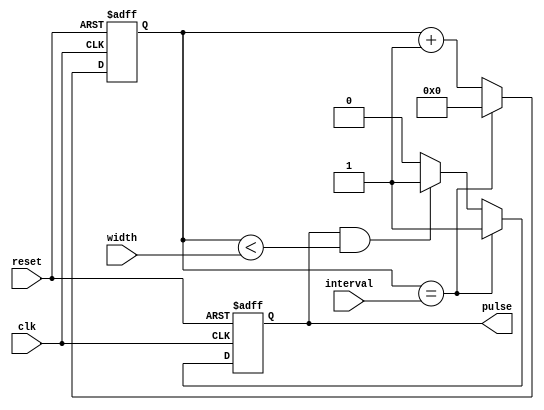
module synchronous_pulse_generator (
    input wire clk,
    input wire reset,
    input wire [7:0] interval,
    input wire [7:0] width,
    output reg pulse
);

reg [7:0] counter;
reg pulse_enable;

always @(posedge clk or posedge reset) begin
    if (reset) begin
        counter <= 8'b0;
        pulse_enable <= 1'b0;
    end else begin
        if (counter == interval) begin
            pulse_enable <= 1'b1;
            counter <= 8'b0;
        end else if (pulse_enable && (counter < width)) begin
            pulse_enable <= 1'b1;
            counter <= counter + 1;
        end else begin
            pulse_enable <= 1'b0;
            counter <= counter + 1;
        end
    end
end

assign pulse = pulse_enable;

endmodule